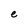
Character: e